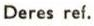
Deres ref.